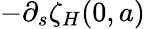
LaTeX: -\partial_{s}\zeta_{H}(0,a)